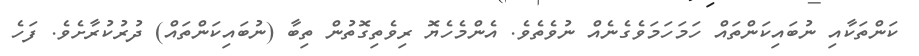
ކަންތަކާއި ނުބައިކަންތައް ހަމަހަމަވެގެނެއް ނުވެތެވެ. އެންމެހެޔޮ ރިވެތިގޮތުން ތިބާ (ނުބައިކަންތައް) ދުރުކުރާށެވެ. ފަހެ